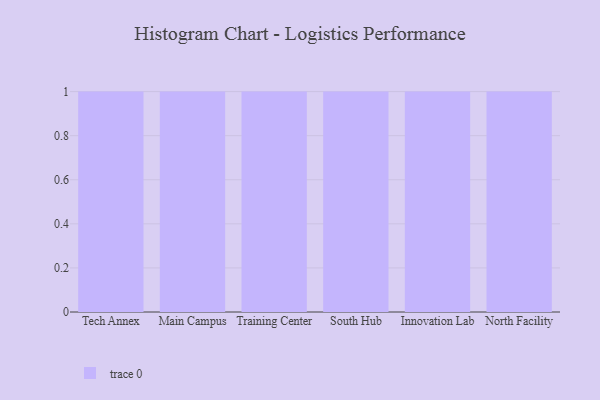
{"axis": {"x": "Campus", "y": "Population (Million)"}, "legend": [""], "data": [{"x": "Tech Annex", "y": 83, "type": ""}, {"x": "Main Campus", "y": 66, "type": ""}, {"x": "Training Center", "y": 19, "type": ""}, {"x": "South Hub", "y": 4, "type": ""}, {"x": "Innovation Lab", "y": 97, "type": ""}, {"x": "North Facility", "y": 10, "type": ""}]}